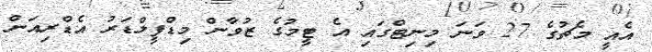
އެއީ މެޗުގެ 27 ވަނަ މިނިޓްގައި އެ ޓީމުގެ ޒުވާން މިޑްފީލްޑަރު އެޑްރިއަން